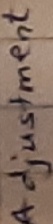
Text: Adjustment